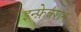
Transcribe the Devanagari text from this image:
इन्फ़ेक्शन